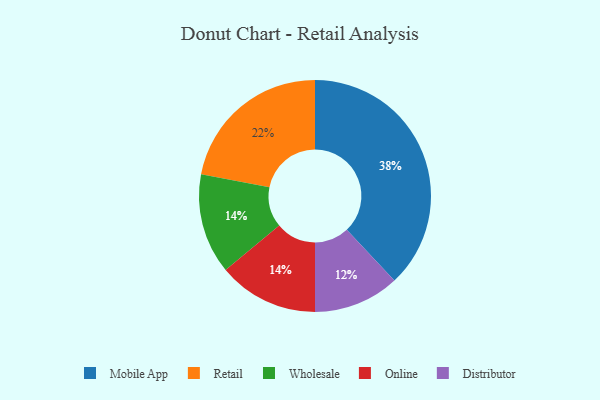
{"axis": {"x": "Category", "y": "Percentage"}, "legend": ["Distributor", "Mobile App", "Online", "Retail", "Wholesale"], "data": [{"x": "Wholesale", "y": 14, "type": "Wholesale"}, {"x": "Distributor", "y": 12, "type": "Distributor"}, {"x": "Online", "y": 14, "type": "Online"}, {"x": "Mobile App", "y": 38, "type": "Mobile App"}, {"x": "Retail", "y": 22, "type": "Retail"}]}